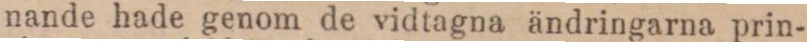
nande hade genom de vidtagna ändringarna prin-